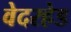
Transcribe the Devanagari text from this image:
वेदरहेड